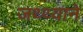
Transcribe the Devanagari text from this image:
जथ्थ्याने